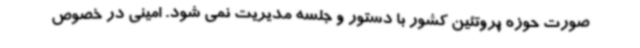
صورت حوزه پروتئین کشور با دستور و جلسه مدیریت نمی شود. امینی در خصوص